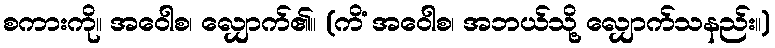
စကားကို။ အဝေါစ၊ လျှောက်၏။ (ကိံ အဝေါစ၊ အဘယ်သို့ လျှောက်သနည်း။)